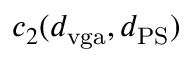
c _ { 2 } ( d _ { \mathrm { v g a } } , d _ { \mathrm { P S } } )